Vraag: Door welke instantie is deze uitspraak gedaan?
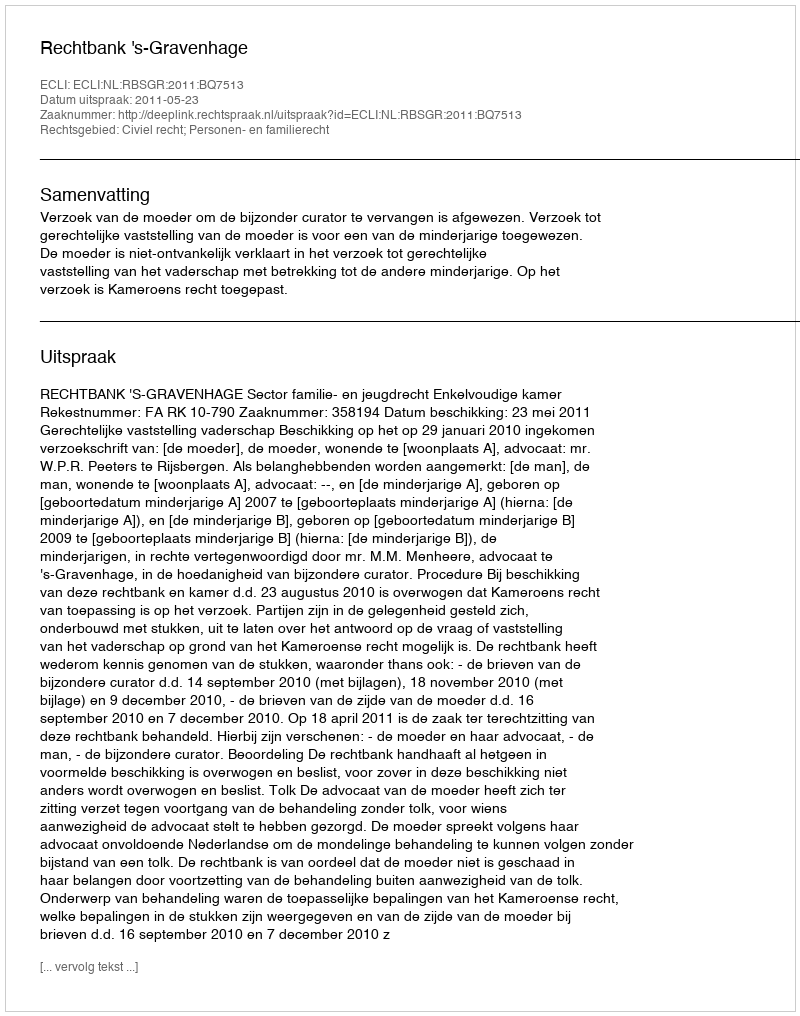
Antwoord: Rechtbank 's-Gravenhage